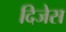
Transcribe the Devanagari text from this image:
दिजेस